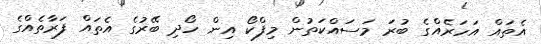
އެތައް އަހަރެއްގެ ބުރަ މަސައްކަތުން މިފްކޯ އިން ހޯދި ބޭރުގެ އެތައް ފަރާތެއްގެ